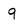
Character: 9